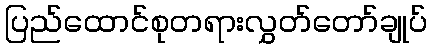
ပြည်ထောင်စုတရားလွှတ်တော်ချုပ်